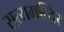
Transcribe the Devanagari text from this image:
सत्यमन्दिर